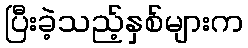
ပြီးခဲ့သည့်နှစ်များက